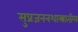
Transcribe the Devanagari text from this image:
सुप्रजननशास्त्रातील